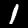
Label: 1